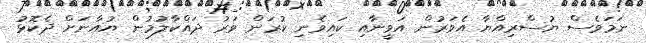
ނަމަވެސް ޔުސްރިއްޔާ އެވަރުން އަވީނާއި ކައިވެނި ކުރަން ވަރު ދައްކާލުމުން ޔުއާނަށް ދެކޮޅު